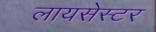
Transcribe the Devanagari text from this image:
लायसेस्टर